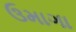
ઉમાગા